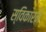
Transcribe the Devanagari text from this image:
स्विकारने